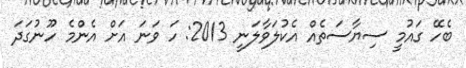
ބެހޭ ގައުމީ ސިޔާސަތެއް އެކުލަވާލަނީ 2013: ހަ ވަނަ އަށް އެންމެ ހޫނުގަދަ